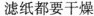
滤纸都要干燥